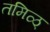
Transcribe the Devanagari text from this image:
तमिळ्